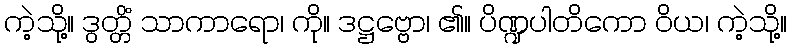
ကဲ့သို့။ ဒွတ္တိံ သာကာရော၊ ကို။ ဒဋ္ဌဗ္ဗော၊ ၏။ ပိဏ္ဍပါတိကော ဝိယ၊ ကဲ့သို့။